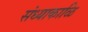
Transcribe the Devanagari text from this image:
संध्याकाळि